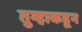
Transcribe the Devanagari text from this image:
तुम्हाकडून